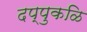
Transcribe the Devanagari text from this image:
दप्पुकळि